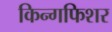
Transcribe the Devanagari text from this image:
किन्गफिशर